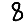
Digit: 8